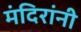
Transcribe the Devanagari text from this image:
मंदिरांनी